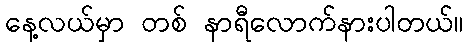
နေ့လယ်မှာ တစ် နာရီလောက်နားပါတယ်။